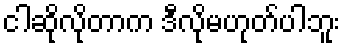
ငါဆိုလိုတာက ဒီလိုမဟုတ်ပါဘူး